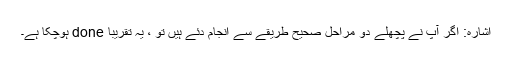
اشارہ: اگر آپ نے پچھلے دو مراحل صحیح طریقے سے انجام دئے ہیں تو ، یہ تقریبا done ہوچکا ہے۔